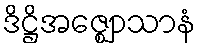
ဒိဋ္ဌိအဇ္ဈောသာနံ